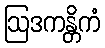
ဩဒကန္တိကံ